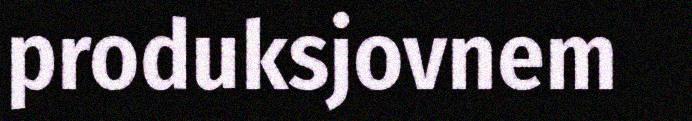
produksjovnem